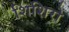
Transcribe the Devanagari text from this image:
शिशिरो